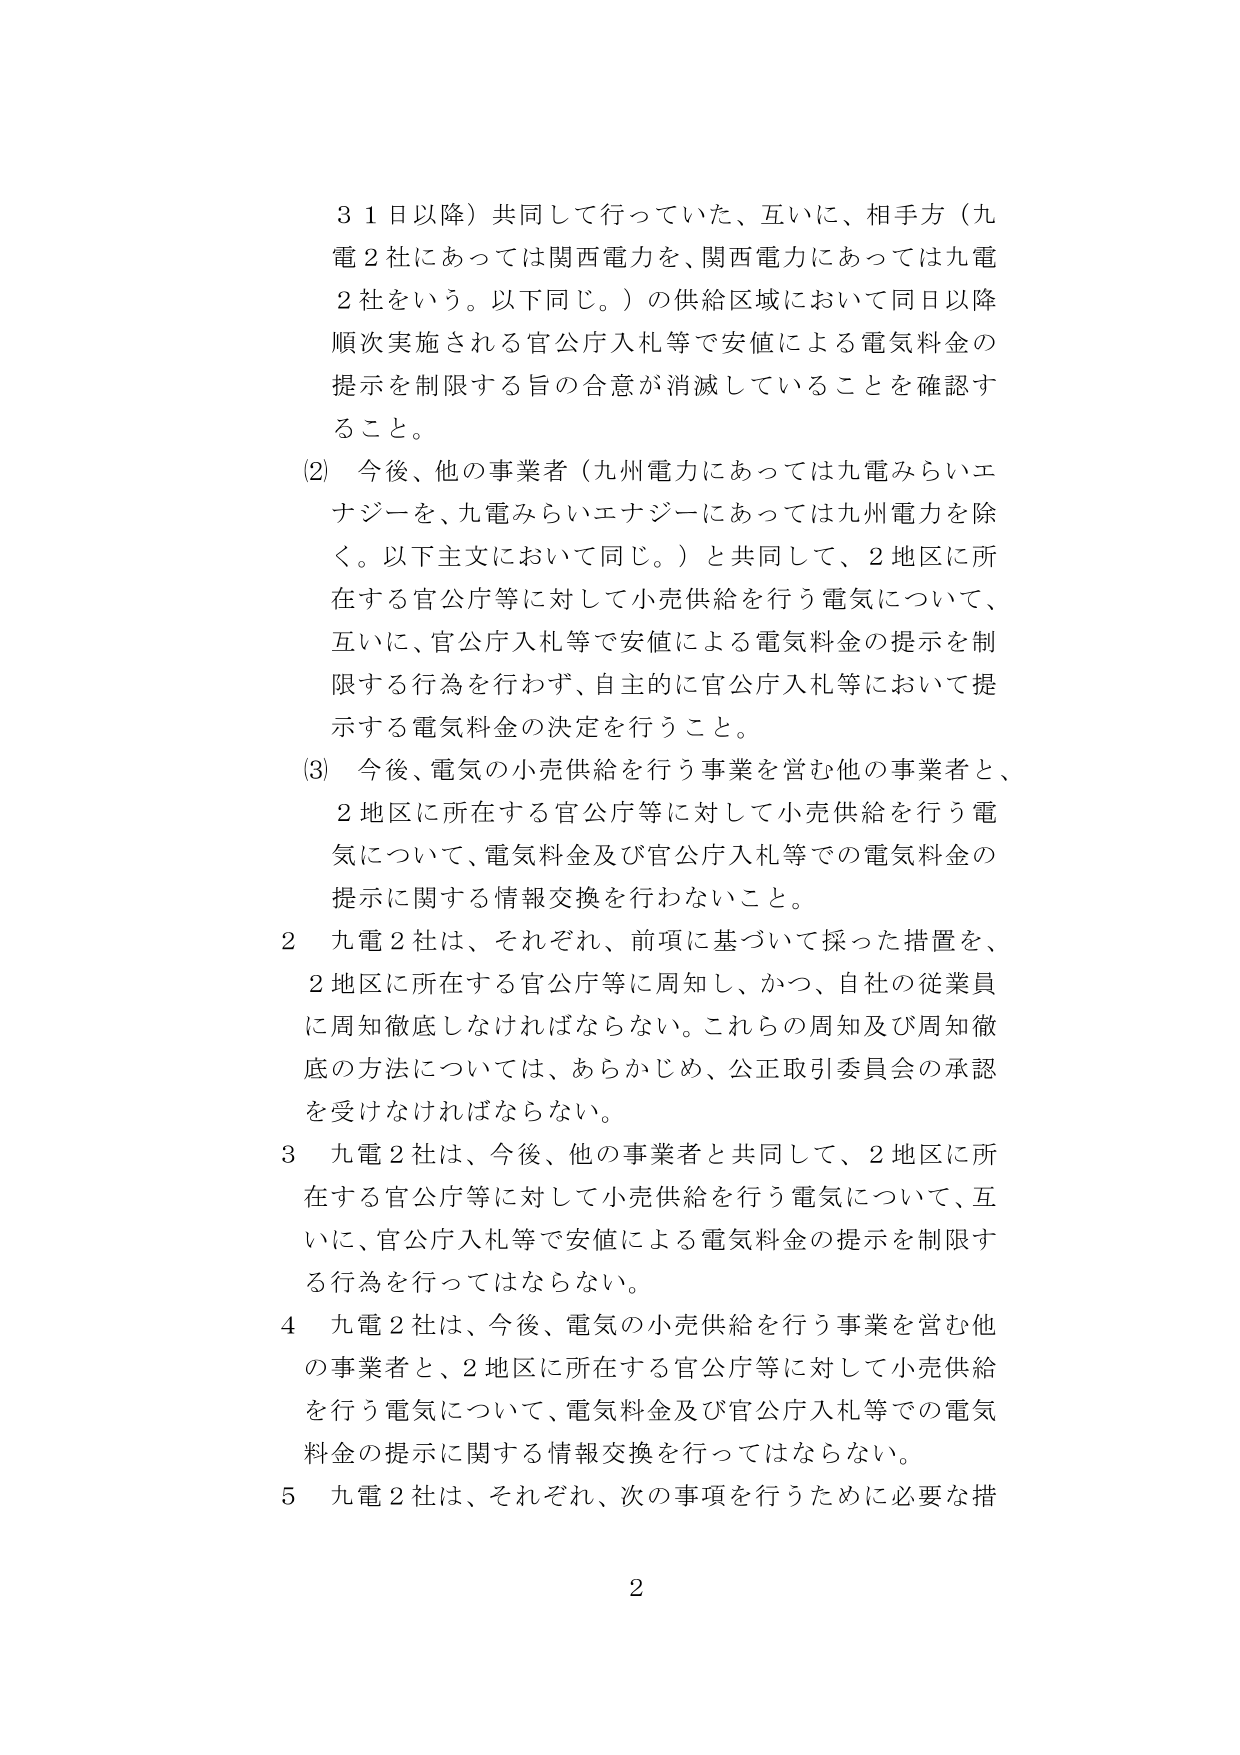
３１日以降）共同して行っていた、互いに、相手方（九電２社にあっては関西電力を、関西電力にあっては九電２社をいう。以下同じ。）の供給区域において同日以降順次実施される官公庁入札等で安値による電気料金の提示を制限する旨の合意が消滅していることを確認すること。

(2) 今後、他の事業者（九州電力にあっては九電みらいエナジーを、九電みらいエナジーにあっては九州電力を除く。以下主文において同じ。）と共同して、２地区に所在する官公庁等に対して小売供給を行う電気について、互いに、官公庁入札等で安値による電気料金の提示を制限する行為を行わず、自主的に官公庁入札等において提示する電気料金の決定を行うこと。

(3) 今後、電気の小売供給を行う事業を営む他の事業者と、２地区に所在する官公庁等に対して小売供給を行う電気について、電気料金及び官公庁入札等での電気料金の提示に関する情報交換を行わないこと。

２ 九電２社は、それぞれ、前項に基づいて採った措置を、２地区に所在する官公庁等に周知し、かつ、自社の従業員に周知徹底しなければならない。これらの周知及び周知徹底の方法については、あらかじめ、公正取引委員会の承認を受けなければならない。

３ 九電２社は、今後、他の事業者と共同して、２地区に所在する官公庁等に対して小売供給を行う電気について、互いに、官公庁入札等で安値による電気料金の提示を制限する行為を行ってはならない。

４ 九電２社は、今後、電気の小売供給を行う事業を営む他の事業者と、２地区に所在する官公庁等に対して小売供給を行う電気について、電気料金及び官公庁入札等での電気料金の提示に関する情報交換を行ってはならない。

５ 九電２社は、それぞれ、次の事項を行うために必要な措

２